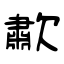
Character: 歗